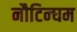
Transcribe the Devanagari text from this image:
नौटिन्घम